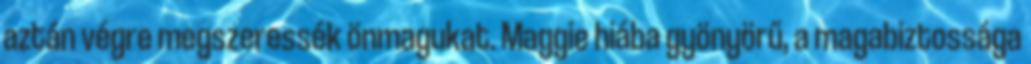
aztán végre megszeressék önmagukat. Maggie hiába gyönyörű, a magabiztossága